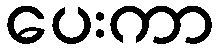
ပေးကာ